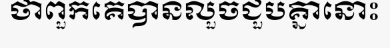
ថាពួកគេបានលួចជួបគ្នានោះ